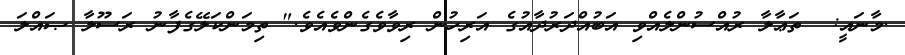
.މާނައީ:  ތަޢާލާ ރުއްސުންލެއްވި އަބުއްދަރުދާއުގެ އަރިހުން ރިވާވެގެންވެއެވެ." ތިމަންކަލޭގެފާނު ރަސޫލާ ޞައްލަ